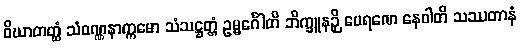
ဝိဃာတတ္ထံ သံဝဏ္ဏနာက္ကမော သံသဋ္ဌတ္တံ ဥမ္မင်္ဂေါတိ ဘိက္ခူနဉှိ ပေရဏေ နေဝါတိ သဿတာနံ